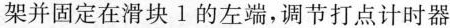
架并固定在滑块1的左端，调节打点计时器